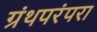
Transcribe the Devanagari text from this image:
ग्रंथपरंपरा